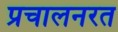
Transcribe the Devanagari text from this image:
प्रचालनरत